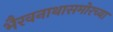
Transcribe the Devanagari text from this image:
भैरवनाथासमोरच्या